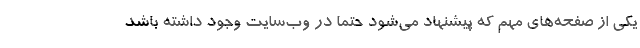
یکی از صفحه‌های مهم که پیشنهاد می‌شود حتما در وب‌سایت وجود داشته باشد